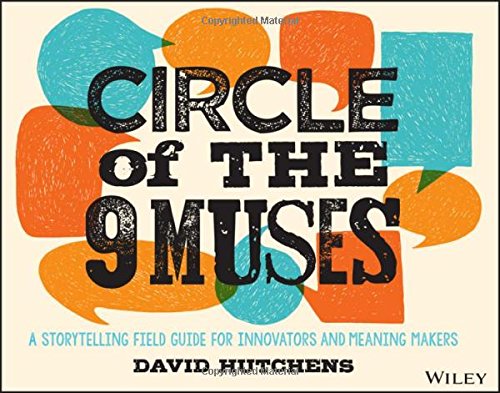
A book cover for Circle of the 9 Muses: A Storytelling Field Guide for Innovators and Meaning Makers; David Hutchens; Business & Money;